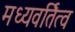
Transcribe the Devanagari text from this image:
मध्यवर्तित्व